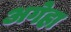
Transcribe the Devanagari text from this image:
अगेहा